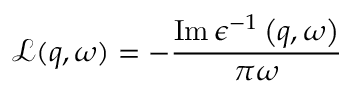
\mathcal { L } ( q , \omega ) = - \frac { \operatorname { I m } \epsilon ^ { - 1 } \left( q , \omega \right) } { \pi \omega } \,